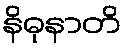
နိဓုနာတိ